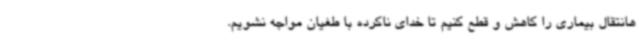
هانتقال بیماری را کاهش و قطع کنیم تا خدای ناکرده با طغیان مواجه نشویم.